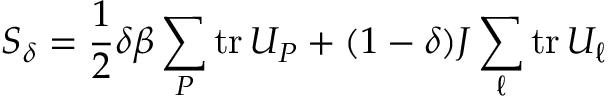
S _ { \delta } = \frac { 1 } { 2 } \delta \beta \sum _ { P } \mathrm { t r } \, U _ { P } + ( 1 - \delta ) J \sum _ { \ell } \mathrm { t r } \, U _ { \ell }